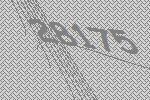
28175